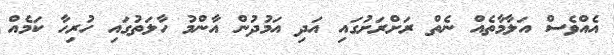
އެއްވެސް އަލާމާތެއް ނެތް ރަށްރަށުގައި އަދި އަމުދުން އާންމު ހާލަތުގައި ހުރިހާ ކަމެއް